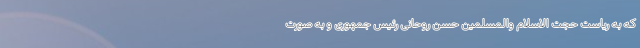
که به ریاست حجت الاسلام والمسلمین حسن روحانی رئیس جمهوری و به صورت